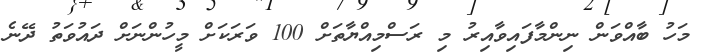
މަހު ބާއްވަން ނިންމާފައިވާއިރު މި ރަސްމިއްޔާތަށް 100 ވަރަކަށް މީހުންނަށް ދައުވަތު ދޭނެ